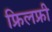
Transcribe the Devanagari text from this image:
फ्रिलफ्री